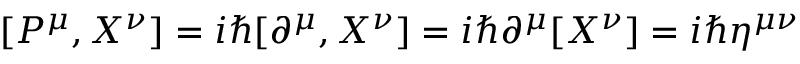
[ P ^ { \mu } , X ^ { \nu } ] = i \hbar [ \partial ^ { \mu } , X ^ { \nu } ] = i \hbar \partial ^ { \mu } [ X ^ { \nu } ] = i \hbar \eta ^ { \mu \nu }